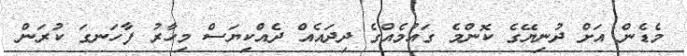
މެޑެން އަށް ދުނިޔޭގެ ކޮންމެ ގައުމެއްގެ ދިދައެއް ދެއްކިޔަސް މިހާރު ފާހަނގަ ކުރަން